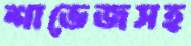
শাভেজসহ